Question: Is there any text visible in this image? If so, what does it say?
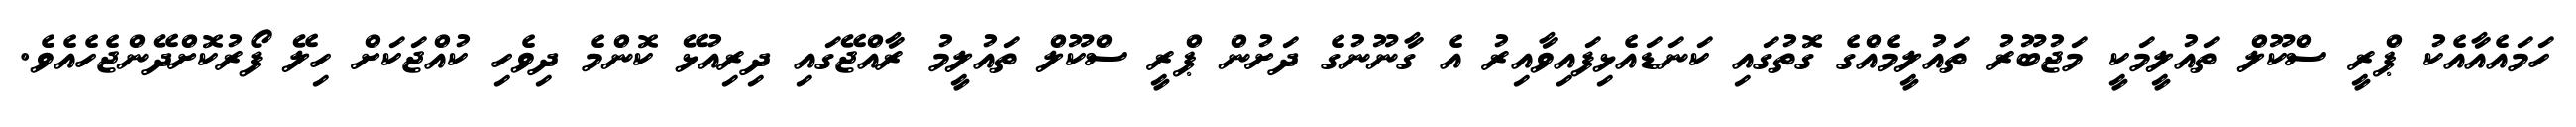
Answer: ހަމައެއާއެކު ޕްރީ ސްކޫލް ތައުލީމަކީ މަޖުބޫރު ތައުލީމެއްގެ ގޮތުގައި ކަނަޑައެޅިފައިވާއިރު އެ ގާނޫނުގެ ދަށުން ޕްރީ ސްކޫލް ތައުލީމު ރާއްޖޭގައި ދިރިއުޅޭ ކޮންމެ ދިވެހި ކުއްޖަކަށް ހިލޭ ފޯރުކޮށްދޭންޖެހެއެވެ.